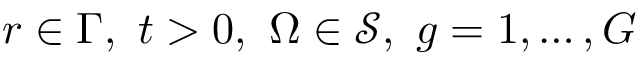
\boldsymbol { r } \in \Gamma , \ t > 0 , \ \boldsymbol { \Omega } \in \mathcal { S } , \ g = 1 , \dots , G